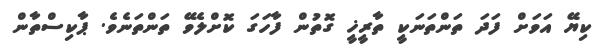
ކިޔޭ އަވަށް ފަދަ ތަންތަނަކީ ތާރީޚީ ގޮތުން ފާހަގަ ކޮށްލެވޭ ތަންތަނެވެ. ޕާކިސްތާން